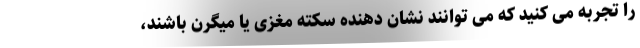
را تجربه می کنید که می توانند نشان دهنده سکته مغزی یا میگرن باشند،